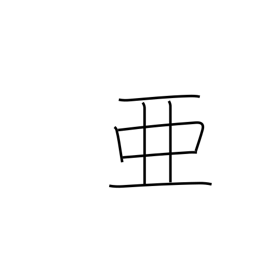
Meaning: come after